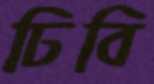
ঢিবি